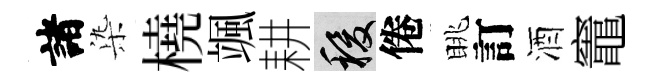
諸𣑱橈颯耕稷倦眺訂酒竈